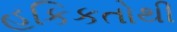
હકિકતોથી